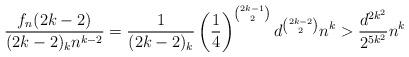
LaTeX: \begin{align*} \frac{f_n(2k-2)}{(2k-2)_kn^{k-2}}=\frac1{(2k-2)_k}\left(\frac14\right)^{\binom{2k-1}2}d^{\binom{2k-2}2} n^k > \frac{d^{2k^2}}{2^{5k^2}}n^k \end{align*}